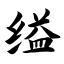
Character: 缢